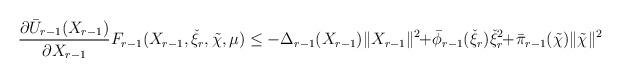
LaTeX: \begin{align*}&\frac{\partial \bar{U}_{r-1}(X_{r-1})}{\partial X_{r-1}}F_{r-1}(X_{r-1},\check{\xi}_{r},\tilde{\chi},\mu)\leq-\Delta_{r-1}(X_{r-1})\|X_{r-1}\|^{2}\!\!+\!\bar{\phi}_{r-1}(\check{\xi}_{r})\check{\xi}_{r}^{2}\!\!+\!\bar{\pi}_{r-1}(\tilde{\chi})\|\tilde{\chi}\|^{2}\\\end{align*}